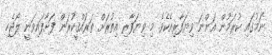
ނަމުގައި ކުރަމުން އަންނަ ވިޔަފާރިއެކެވެ. މި ވިޔަފާރި އިތުރަށް ތަރައްޤީކުރަން ފަށާފައިވަނީ ލޯޖެހި